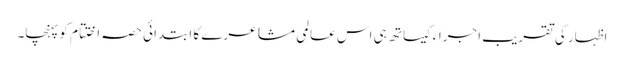
اظہار کی تقریبِ اجراءکیساتھ ہی اس عالمی مشاعرے کا ابتدائی حصہ اختتام کو پہنچا۔